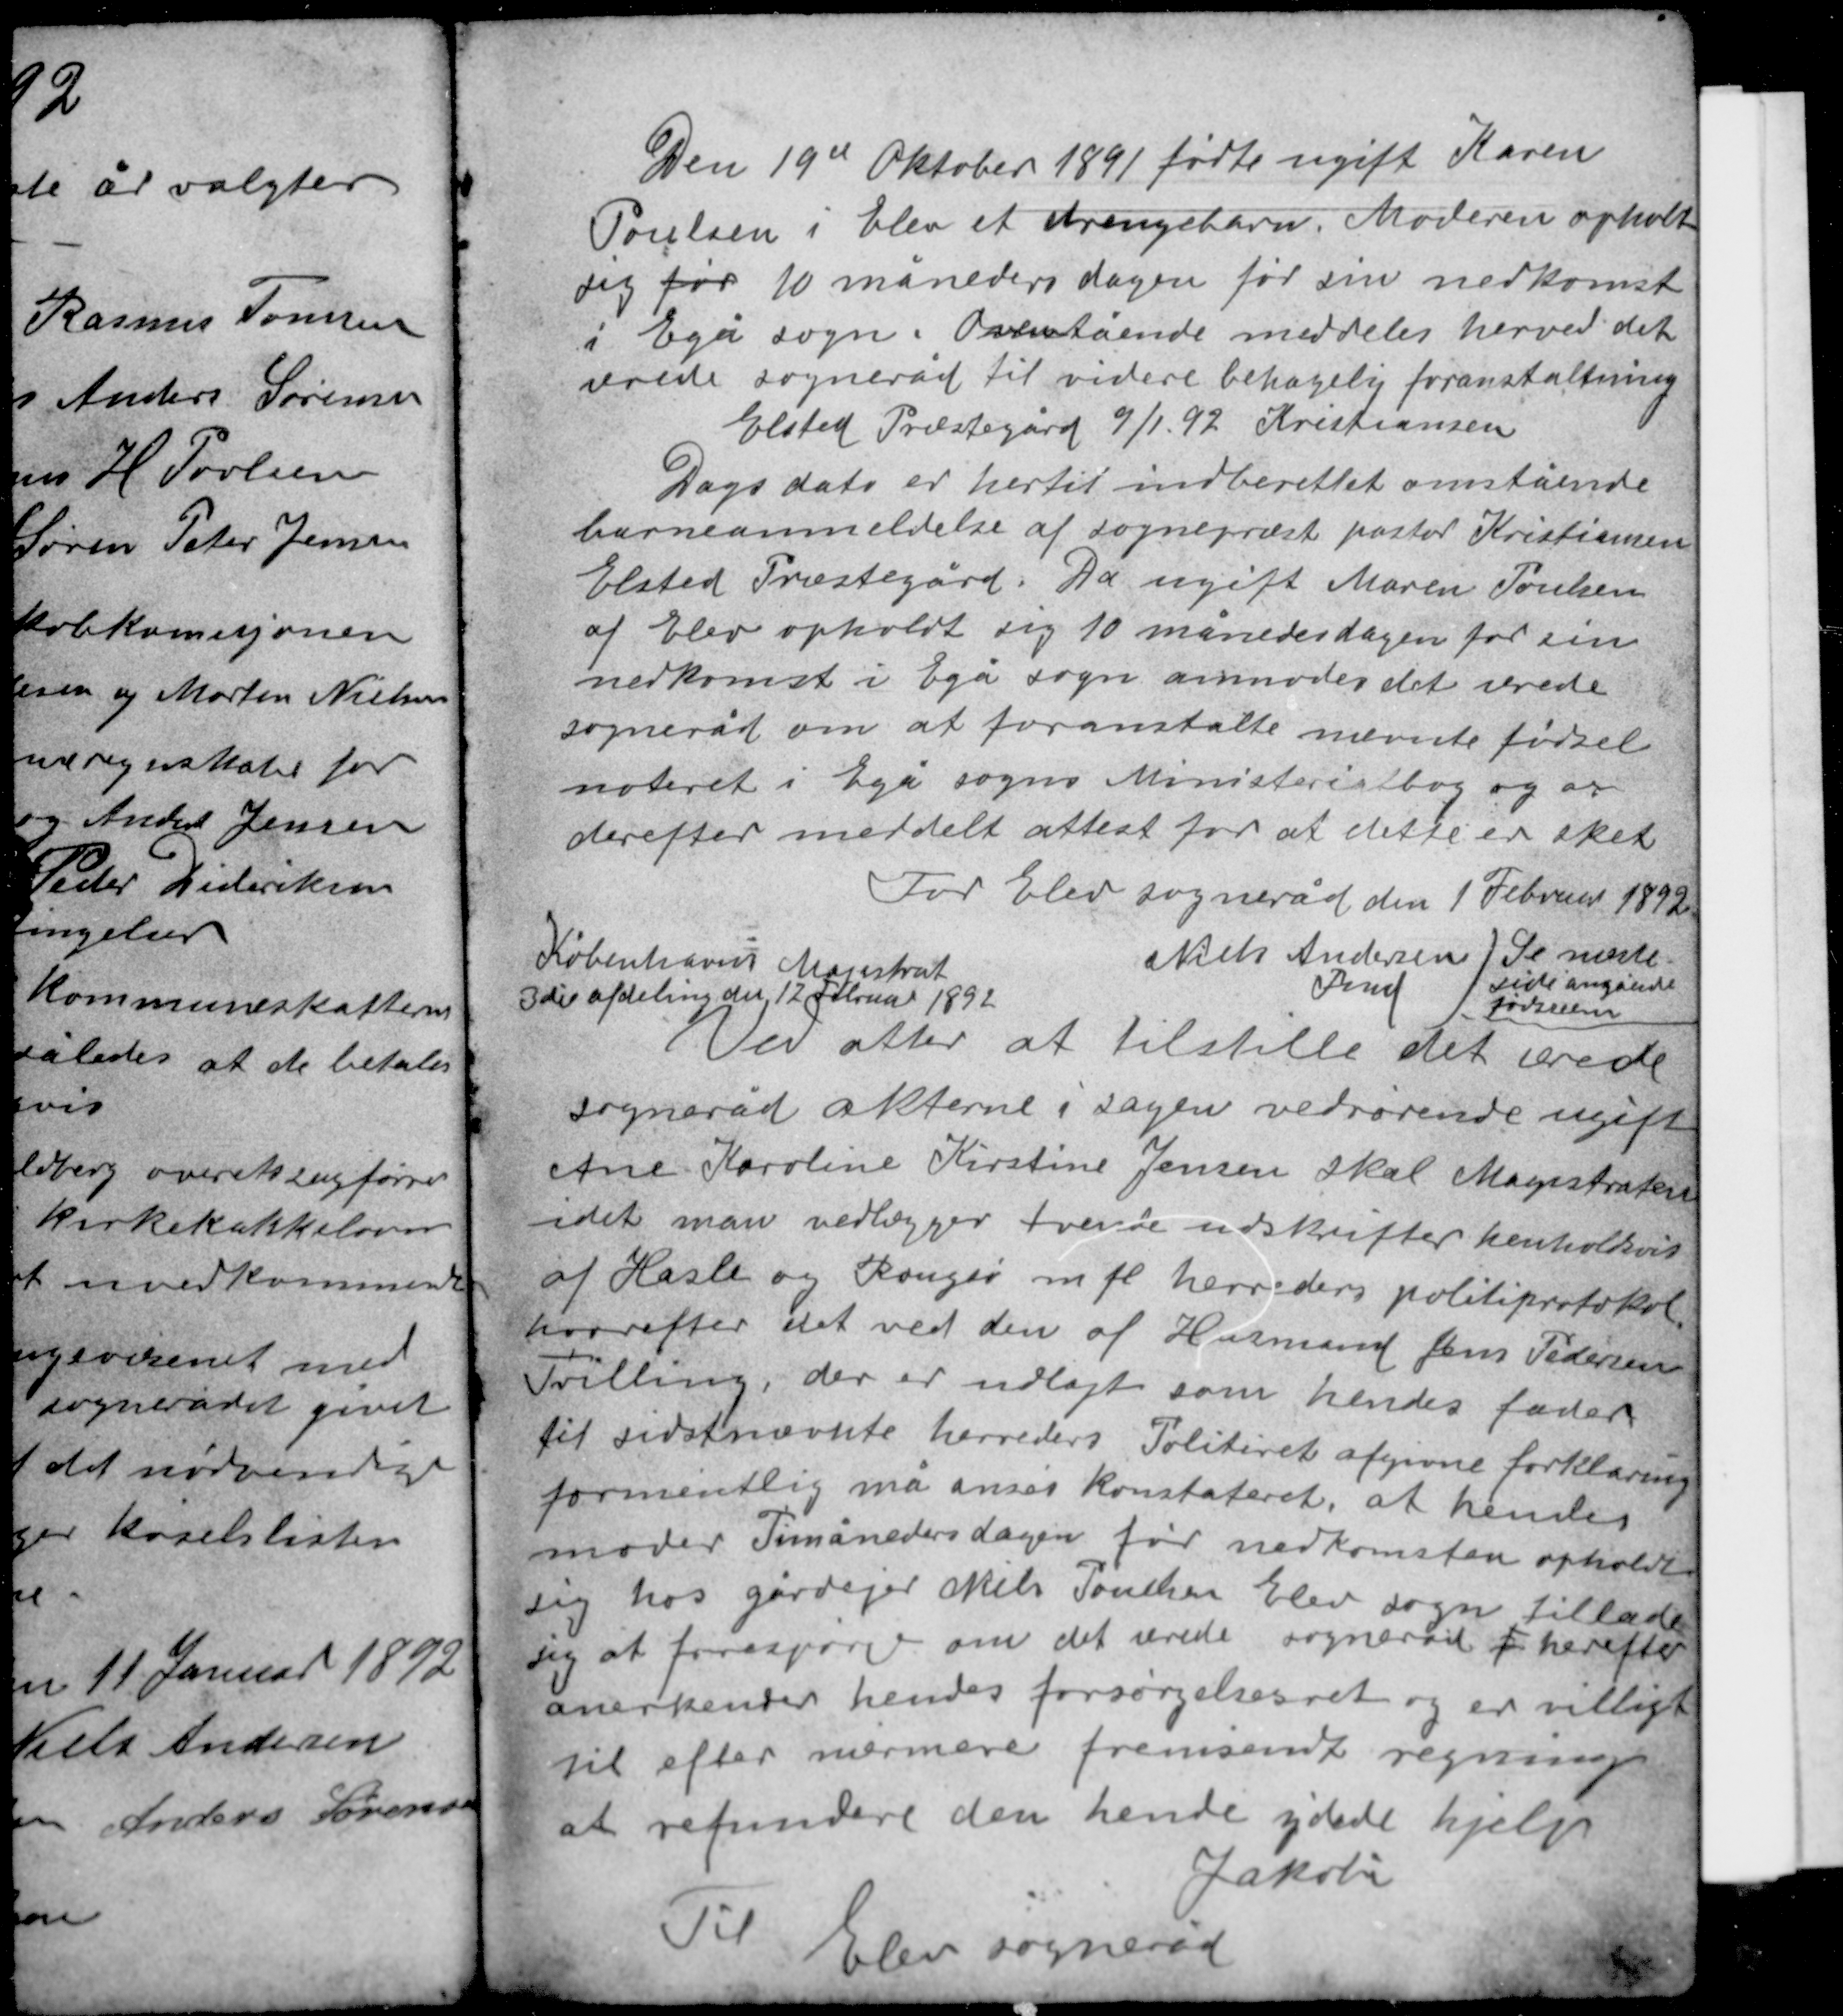
Transskription:
Den 19de Oktober 1891 fødte ugift Karen
Poulsen i Elev et drengebarn. Moderen opholdt
sig før 10 måneders dagen før sin nedkomst
i Egå sogn. Ovenstående meddeles herved det
ærede sogneråd til videre behagelig foranstaltning
Elsted Præstegård 9/1 92 Kristiansen.

Dags dato er hertil indberettet omstående
barneanmeldelse af sognepræst pastor Kristiansen
Elsted Præstegård. Da ugift Maren Poulsen
af Elev opholdt sig 10 månedersdagen for sin
nedkomst i Egå sogn anmodes det ærede
sogneråd om at foromtalte nævnte fødsel
noteret i Egå sogns Ministerialbog og en
derefter meddelt attest for at det er sket.

For Elev sogneråd den 1 Februar 1892

Københavns Magistrat
3die afdeling den 12 Februar 1892

Niels Andersen
Fmd

Se næste
side angående
fødselen

Ved atter at tilstille det ærede
sogneråd akterne i sagen vedrørende ugift
Ane Karoline Kirstine Jensen skal Magistraten
idet man vedlægger tvende udskrifter henholdsvis
af Hasle og Rougsø m fl herreders politiprotokol
hvorefter det ved den af Husmand Jens Pedersen
Tvilling, der er udlagt som hendes fader
til sidstnævnte herreders Politiret afgivne forklaring
formentlig må anses konstateret, at hendes
moder Timånedersdagen før nedkomsten opholdt
sig hos gårdejer Niels Poulsen Elev sogn tillade
sig at forespørge om det ærede sogneråd f herefter
anerkender hendes forsørgelsesret og er villigt
til efter nærmere fremsendt regning
at refundere den hende ydede hjælp.
Jakobi
Til
Elev sogneråd